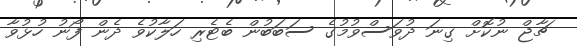
ޗާޖް ނުކޮށް ގިނަ ދުވަސްވުމުގެ ސަބަބުން ބެޓެރި ހަލާކުވެ ދެން ފޯނު ހުޅުވާ